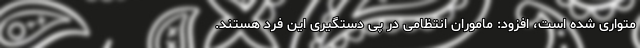
متواری شده است، افزود: ماموران انتظامی در پی دستگیری این فرد هستند.